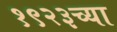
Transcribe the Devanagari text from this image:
१९२३च्या